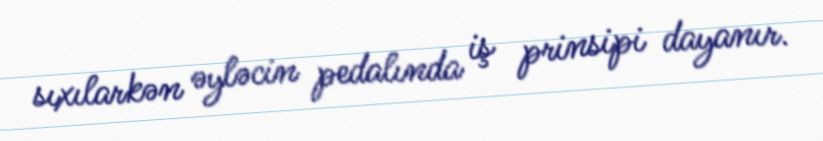
sıxılarkən əyləcin pedalında iş prinsipi dayanır.